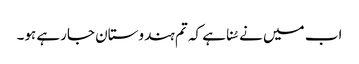
اب میں نے سُنا ہے کہ تم ہندوستان جارہے ہو۔